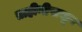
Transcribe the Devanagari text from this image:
ताहीनीपासून